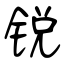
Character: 锐